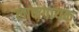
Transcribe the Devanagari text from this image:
लाकगायक